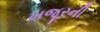
ખજૂરની